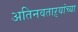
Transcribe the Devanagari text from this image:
अतिनवताऱ्यांच्या